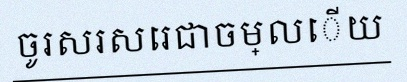
ចូរសរសេរជាចម្លើយ